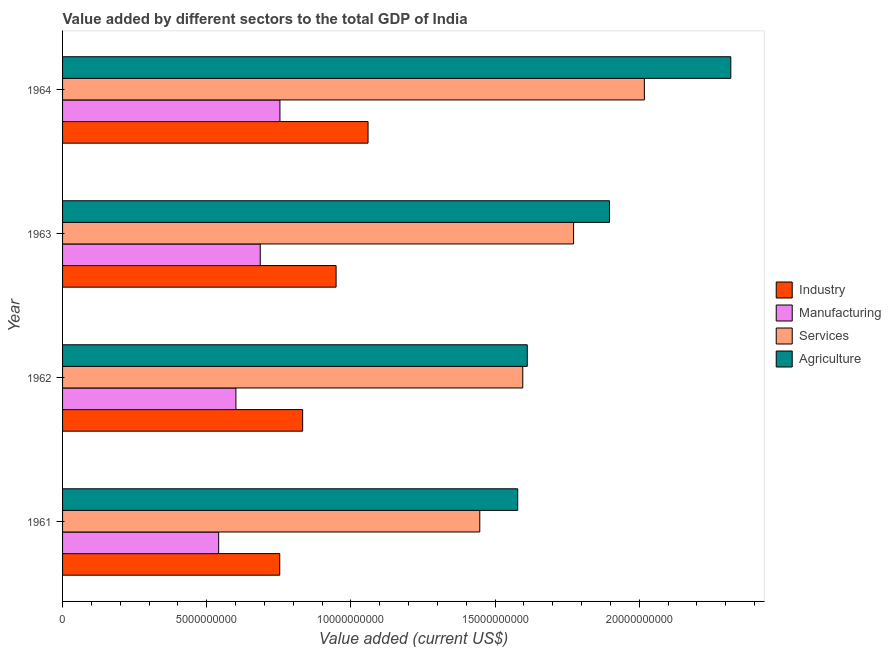
| Year | Industry | Manufacturing | Services | Agriculture |
 | --- | --- | --- | --- | --- |
 | 1961 | 7.53e+09 | 5.41e+09 | 1.45e+10 | 1.58e+10 |
 | 1962 | 8.33e+09 | 6.01e+09 | 1.6e+10 | 1.61e+10 |
 | 1963 | 9.49e+09 | 6.85e+09 | 1.77e+10 | 1.9e+10 |
 | 1964 | 1.06e+10 | 7.54e+09 | 2.02e+10 | 2.32e+10 |